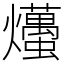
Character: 爡